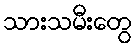
သားသမီးတွေ